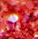
ألا